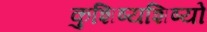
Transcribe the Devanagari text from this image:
कुशिष्यशिष्यो